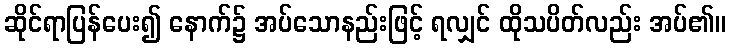
ဆိုင်ရာပြန်ပေး၍ နောက်၌ အပ်သောနည်းဖြင့် ရလျှင် ထိုသပိတ်လည်း အပ်၏။